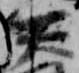
天